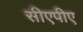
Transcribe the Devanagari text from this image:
सीएपीए